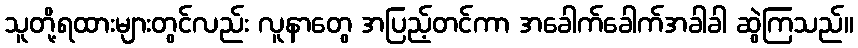
သူတို့ရထားများတွင်လည်း လူနာတွေ အပြည့်တင်ကာ အခေါက်ခေါက်အခါခါ ဆွဲကြသည်။